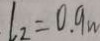
l _ { 2 } = 0 . 9 m